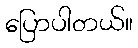
ပြောပါတယ်။